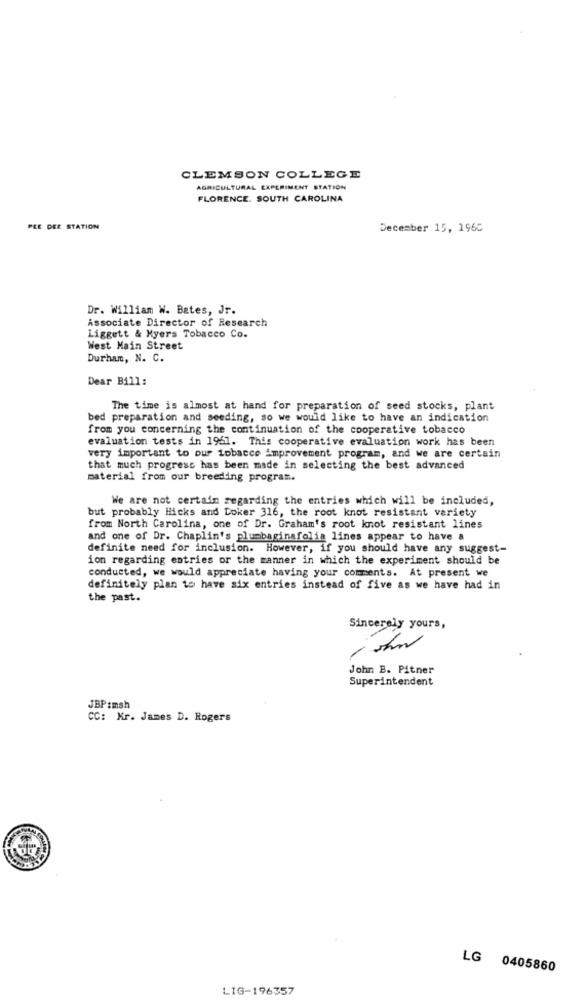
CLEMSON COLLEGE
AGRICULTURAL EXPERIMENT STATION
FLORENCE. SOUTH CAROLINA
PEE DEE STATION
December 15, 1960
Dr. William W. Bates, Jr.
Associate Director of Research
Liggett & Myers Tobacco Co.
West Main Street
Durham, N. C.
Dear Bill:
The time is almost at hand for preparation of seed stocks, plant
bed preparation and seeding, so we would like to have an indication
from you concerning the continuation of the cooperative tobacco
evaluation tests in 1961. This cooperative evaluation work has been
very important to our iobacce improvement program, and we are certain
that much progress has been made in selecting the best advanced
material from our breeding program.
We are not certain regarding the entries which will be included,
but probably Hicks and Doker 316, the root knot resistant variety
from North Carolina, one of Dr. Graham's root knot resistant lines
and one of Dr. Chaplin's plumbaginafolia lines appear to have a
definite need for inclusion. However, if you should have any suggest-
ion regarding entries or the manner in which the experiment should be
conducted, we would appreciate having your comments. At present we
definitely plan to have six entries instead of five as we have had in
the past.
Sincerely yours,
John B. Pitner
Superintendent
JBP:msh
CC: Mr. James D. Rogers
LG 0405860
LIG-196357